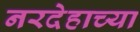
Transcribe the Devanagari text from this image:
नरदेहाच्या